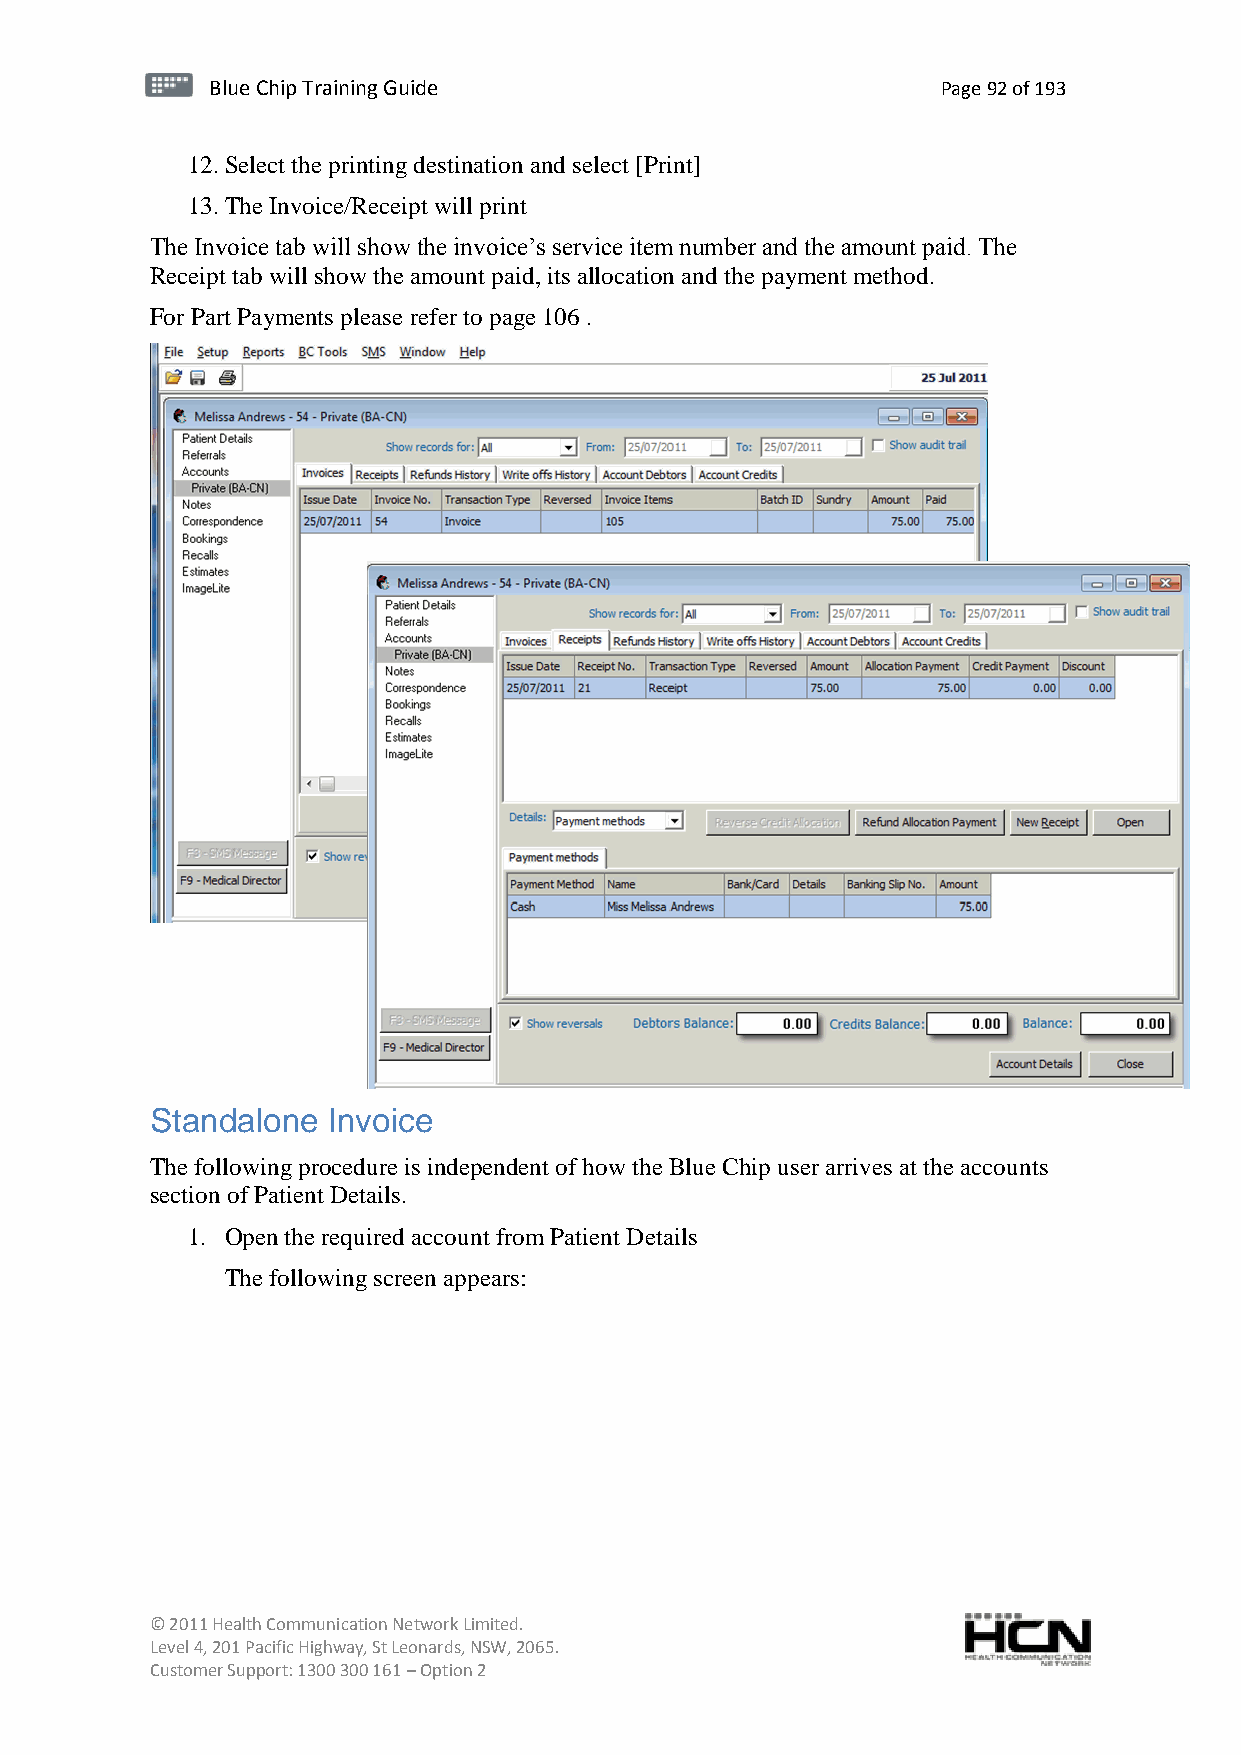
BBlluuee C Chihpi pTr Tairnainingi Gnugi dGeu ide Page 92 of 193
 12. Select the printing destination and select [Print]
 13. The Invoice/Receipt will print
 The Invoice tab will show the invoice’s service item number and the amount paid. The
 Receipt tab will show the amount paid, its allocation and the payment method.
 For Part Payments please refer to page 106 .
 Standalone  Invoice
 The following procedure is independent of how the Blue Chip user arrives at the accounts
 section of Patient Details.
 1. Open the required account from Patient Details
 The following screen appears:
 © 2011 Health Communication Network Limited.
 Level 4, 201 Pacific Highway, St Leonards, NSW, 2065.
 Customer Support: 1300 300 161 – Option 2